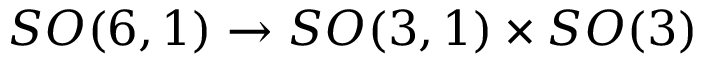
S O ( 6 , 1 ) \rightarrow S O ( 3 , 1 ) \times S O ( 3 )